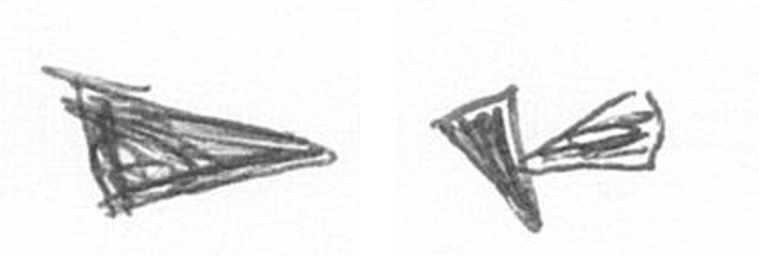
T F